Report of the Indian Hemp Drugs Commission, 1894-1895 - Volume IV
Year: 1894
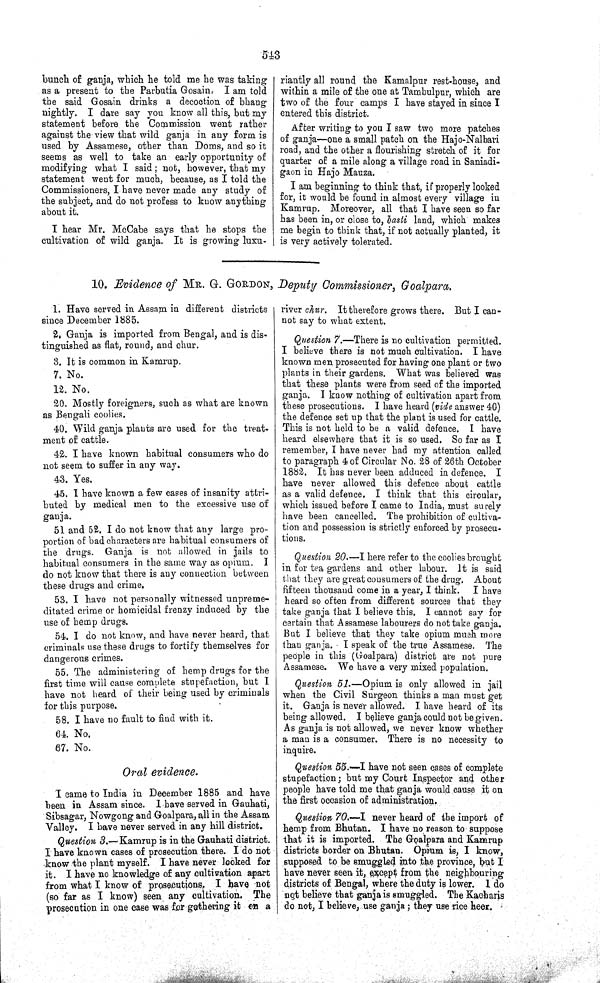
543
bunch of ganja, which he told me he was taking
as a present to the Parbutia Gosain. I am told
the said Gosain drinks a decoction of bhang
nightly. I dare say you know all this, but my
statement before the Commission went rather
against the view that wild ganja in any form is
used by Assamese, other than Doms, and so it
seems as well to take an early opportunity of
modifying what I said; not, however, that my
statement went for much, because, as I told the
Commissioners, I have never made any study of
the subject, and do not profess to know anything
about it.
I hear Mr. McCabe says that he stops the
cultivation of wild ganja. It is growing luxu-
riantly all round the Kamalpur rest-house, and
within a mile of the one at Tambulpur, which are
two of the four camps I have stayed in since I
entered this district.
After writing to you I saw two more patches
of ganja—one a small patch on the Hajo-Nalbari
road, and the other a flourishing stretch of it for
quarter of a mile along a village road in Saniadi-
gaon in Hajo Mauza.
I am beginning to think that, if properly looked
for, it would be found in almost every village in
Kamrup. Moreover, all that I have seen so far
has been in, or close to, basti land, which makes
me begin to think that, if not actually planted, it
is very actively tolerated.
10. Evidence of MR. G. GORDON, Deputy Commissioner, Goalpara.
1. Have served in Assam in different districts
since December 1885.
2. Ganja is imported from Bengal, and is dis-
tinguished as flat, round, and chur.
3. It is common in Kamrup.
7. No.
12. No.
20. Mostly foreigners, such as what are known
as Bengali coolies.
40. Wild ganja plants are used for the treat-
ment of cattle.
42. I have known habitual consumers who do
not seem to suffer in any way.
43. Yes.
45. I have known a few cases of insanity attri-
buted by medical men to the excessive use of
ganja.
51 and 52. I do not know that any large pro-
portion of bad characters are habitual consumers of
the drugs. Ganja is not allowed in jails to
habitual consumers in the same way as opium. I
do not know that there is any connection between
these drugs and crime.
53. I have not personally witnessed unpreme-
ditated crime or homicidal frenzy induced by the
use of hemp drugs.
54. I do not know, and have never heard, that
criminals use these drugs to fortify themselves for
dangerous crimes.
55. The administering of hemp drugs for the
first time will cause complete stupefaction, but I
have not heard of their being used by criminals
for this purpose.
58. I have no fault to find with it.
64. No.
67. No.
Oral evidence.
I came to India in December 1885 and have
been in Assam since. I have served in Gauhati,
Sibsagar, Nowgong and Goalpara, all in the Assam
Valley. I have never served in any hill district.
Question 3.—Kamrup is in the Gauhati district.
I have known cases of prosecution there. I do not
know the plant myself. I have never looked for
it. I have no knowledge of any cultivation apart
from what I know of prosecutions. I have not
(so far as I know) seen any cultivation. The
prosecution in one case was for gathering it on a
river chur. It therefore grows there. But I can-
not say to what extent.
Question 7.—There is no cultivation permitted.
I believe there is not much cultivation. I have
known men prosecuted for having one plant or two
plants in their gardens. What was believed was
that these plants were from seed of the imported
ganja. I know nothing of cultivation apart from
these prosecutions. I have heard (vi de answer 40)
the defence set up that the plant is used for cattle.
This is not held to be a valid defence. I have
heard elsewhere that it is so used. So far as I
remember, I have never had my attention called
to paragraph 4 of Circular No. 28 of 26th October
1882. It has never been adduced in defence. I
have never allowed this defence about cattle
as a valid defence. I think that this circular,
which issued before I came to India, must surely
have been cancelled. The prohibition of cultiva-
tion and possession is strictly enforced by prosecu-
tions.
Question 20.—I here refer to the coolies brought
in for tea gardens and other labour. It is said
that they are great consumers of the drug. About
fifteen thousand come in a year, I think. I have
heard so often from different sources that they
take ganja that I believe this. I cannot say for
certain that Assamese labourers do not take ganja.
But I believe that they take opium much more
than ganja. I speak of the true Assamese. The
people in this (Goalpara) district are not pure
Assamese. We have a very mixed population.
Question 51.—Opium is only allowed in jail
when the Civil Surgeon thinks a man must get
it. Ganja is never allowed. I have heard of its
being allowed. I believe ganja could not be given.
As ganja is not allowed, we never know whether
a man is a consumer. There is no necessity to
inquire.
Question 55.—I have not seen cases of complete
stupefaction; but my Court Inspector and other
people have told me that ganja would cause it on
the first occasion of administration.
Question 70.—I never heard of the import of
hemp from Bhutan. I have no reason to suppose
that it is imported. The Goalpara and Kamrup
districts border on Bhutan. Opium is, I know,
supposed to be smuggled into the province, but I
have never seen it, except from the neighbouring
districts of Bengal, where the duty is lower. I do
not believe that ganja is smuggled. The Kacharis
do not, I believe, use ganja; they use rice heer.